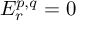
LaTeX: E _ { r } ^ { p , q } = 0